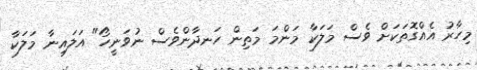
މިހާރު އެއްގޮތަކަށް ވެސް މަލަކާ މަންމަ މަތިން ހަނދާންވެސް ނުވަނީހޯ" އަލައިނާ މަލަކާ